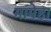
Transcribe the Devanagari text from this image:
मामेहा